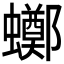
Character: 𧓸